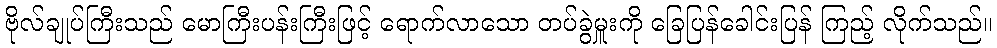
ဗိုလ်ချုပ်ကြီးသည် မောကြီးပန်းကြီးဖြင့် ရောက်လာသော တပ်ခွဲမှူးကို ခြေပြန်ခေါင်းပြန် ကြည့် လိုက်သည်။